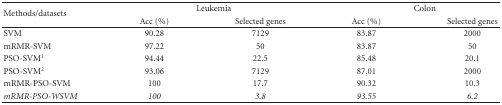
<table><thead><tr><td rowspan="2"><b>Methods/datasets</b></td><td colspan="2"><b>Leukemia</b></td><td colspan="2"><b>Colon</b></td></tr><tr><td><b>Acc (%)</b></td><td><b>Selected genes</b></td><td><b>Acc (%)</b></td><td><b>Selected genes</b></td></tr></thead><tbody><tr><td>SVM</td><td>90.28</td><td>7129</td><td>83.87</td><td>2000</td></tr><tr><td>mRMR-SVM</td><td>97.22</td><td>50</td><td>83.87</td><td>50</td></tr><tr><td>PSO-SVM<sup>1</sup></td><td>94.44</td><td>22.5</td><td>85.48</td><td>20.1</td></tr><tr><td>PSO-SVM<sup>2</sup></td><td>93.06</td><td>7129</td><td>87.01</td><td>2000</td></tr><tr><td>mRMR-PSO-SVM</td><td>100</td><td>17.7</td><td>90.32</td><td>10.3</td></tr><tr><td><i>mRMR-PSO-WSVM</i></td><td><i>100</i></td><td><i>3.8</i></td><td><i>93.55</i></td><td><i>6.2</i></td></tr></tbody></table>